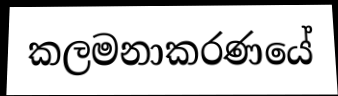
කලමනාකරණයේ